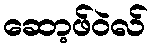
ဆော့ဖ်ဝဲလ်